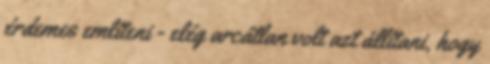
érdemes említeni - elég arcátlan volt azt állítani, hogy